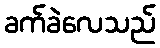
ခက်ခဲလေသည်